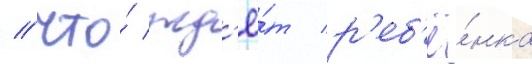
/ что́ жд'ё́т р'еб'ё́нка